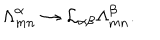
{ \Lambda } _ { m n } ^ { \alpha } \rightarrow { \cal L } _ { \alpha \beta } { \Lambda } _ { m n } ^ { \beta } .